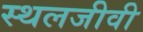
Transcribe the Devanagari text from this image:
स्थलजीवी